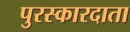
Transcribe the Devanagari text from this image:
पुरस्कारदाता